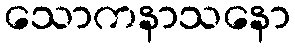
သောကနာသနော